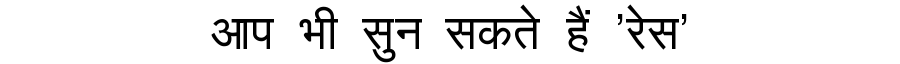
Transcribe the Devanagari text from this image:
आप भी सुन सकते हैं 'रेस'